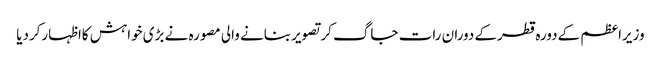
وزیراعظم کےدورہ قطرکے دوران رات جاگ کرتصویربنانے والی مصورہ نے بڑی خواہش کااظہارکردیا